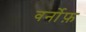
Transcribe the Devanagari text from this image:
वर्नोफ़